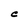
Character: C